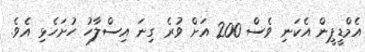
އެމްޑީޕީން އެކަނި ވެސް 200 އަށް ވުރެ ގިނަ އިސްލާހު ހުށަހެޅި އެވެ.